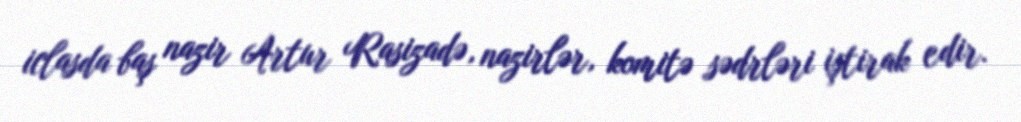
iclasda baş nazir Artur Rasizadə, nazirlər, komitə sədrləri iştirak edir.